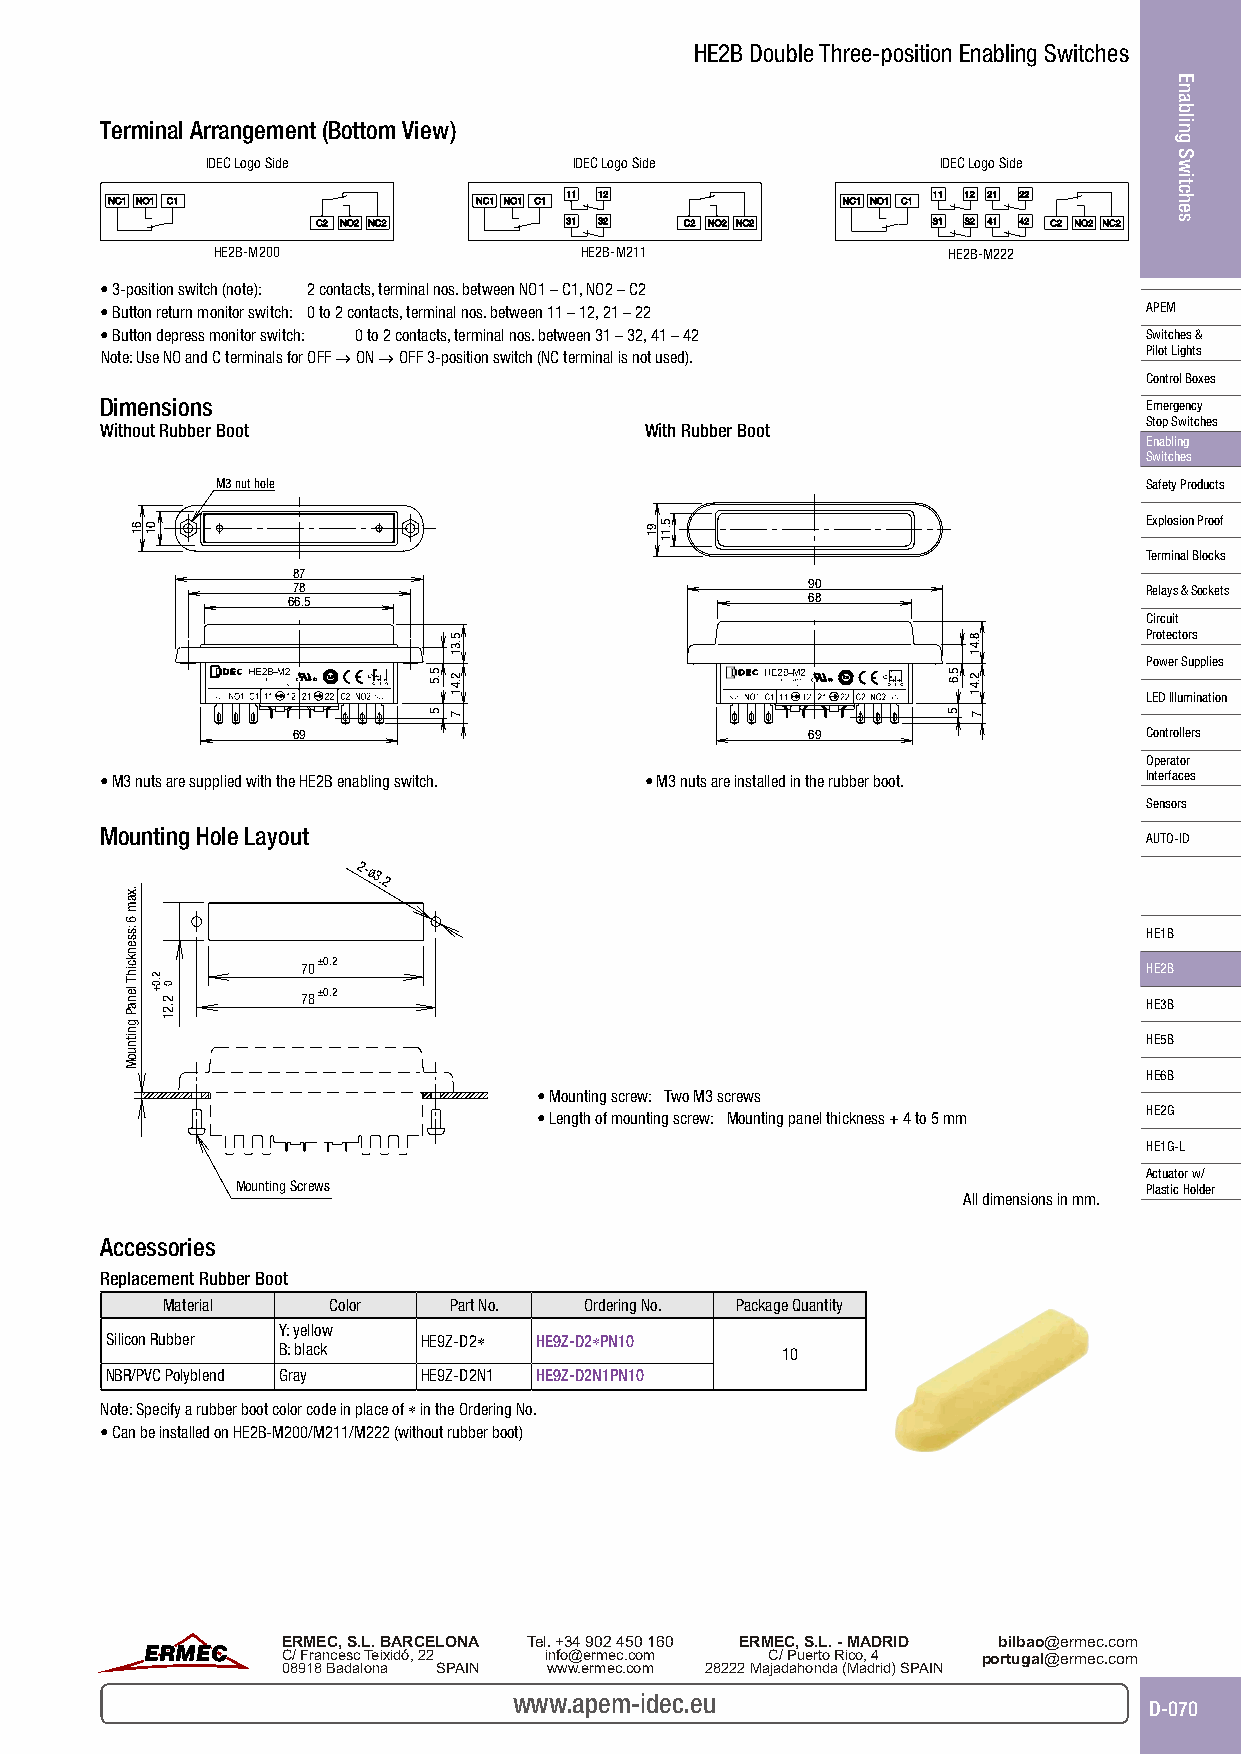
HE2B Double Three-position Enabling Switches
 Terminal Arrangement (Bottom View)
 IDEC Logo Side          IDEC Logo Side          IDEC Logo Side
 HE2B-M200               HE2B-M211                HE2B-M222
 • 3-position switch (note): 2 contacts, terminal nos. between NO1 – C1, NO2 – C2
 • Button return monitor switch: 0 to 2 contacts, terminal nos. between 11 – 12, 21 – 22 APEM
 • Button depress monitor switch: 0 to 2 contacts, terminal nos. between 31 – 32, 41 – 42 Switches &
 Note: Use NO and C terminals for OFF → ON → OFF 3-position switch (NC terminal is not used). Pilot Lights
 Control Boxes
 Dimensions                                                           Emergency
 Stop Switches
 Without Rubber Boot                 With Rubber Boot
 Enabling
 Switches
 M3 nut hole                                                   Safety Products
 Explosion Proof
 Terminal Blocks
 87
 78                                90                     Relays & Sockets
 66.5                              68
 Circuit
 Protectors
 Power Supplies
 LED Illumination
 69                                69                     Controllers
 Operator
 • M3 nuts are supplied with the HE2B enabling switch. • M3 nuts are installed in the rubber boot. Interfaces
 Sensors
 Mounting Hole Layout
 AUTO-ID
 2-ø3.2
 HE1B
 70±0.2
 HE2B
 78±0.2
 HE3B
 HE5B
 HE6B
 • Mounting screw: Two M3 screws
 HE2G
 • Length of mounting screw: Mounting panel thickness + 4 to 5 mm
 HE1G-L
 Actuator w/
 Mounting Screws                                             Plastic Holder
 All dimensions in mm.
 Accessories
 Replacement Rubber Boot
 Material   Color   Part No. Ordering No. Package Quantity
 Y: yellow
 Silicon Rubber       HE9Z-D2∗ HE9Z-D2∗PN10
 B: black                          10
 NBR/PVC Polyblend Gray HE9Z-D2N1 HE9Z-D2N1PN10
 Note: Specify a rubber boot color code in place of ∗ in the Ordering No.
 • Can be installed on HE2B-M200/M211/M222 (without rubber boot)
 www.apem-idec.eu
 D-070
 61
 .xam
 6
 :ssenkcihT
 lenaP
 gnitnuoM
 01
 2.0+
 0
 2.21
 5.5
 5
 5.31
 2.41
 7
 91 5.11
 5.6
 5
 8.41
 2.41
 7
 Enabling
 Switches